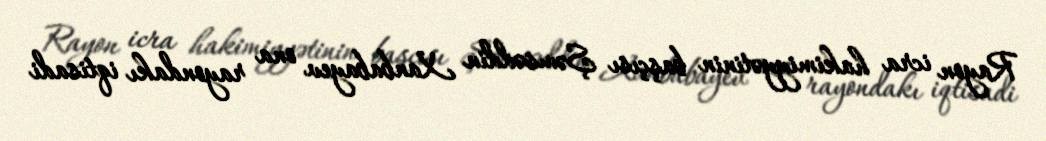
Rayon icra hakimiyyətinin başçısı Şəmsəddin Xanbabayev ona rayondakı iqtisadi